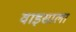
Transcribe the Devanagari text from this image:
वाइसाला